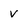
Character: v